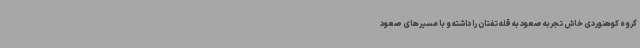
گروه کوهنوردی خاش تجربه صعود به قله تفتان را داشته و با مسیرهای صعود